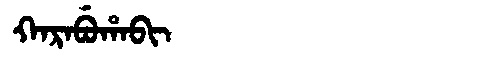
Manchu: ᡴᠠᡵᠠᠪᡠᡥᠠᠪᡳ
Romanization: KARABUHABI